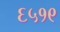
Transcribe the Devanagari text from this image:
६५१९